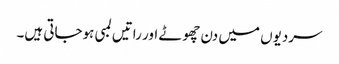
سردیوں میں دن چھوٹے اور راتیں لمبی ہوجاتی ہیں۔